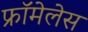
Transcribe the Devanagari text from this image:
फ्रॉमेलेस